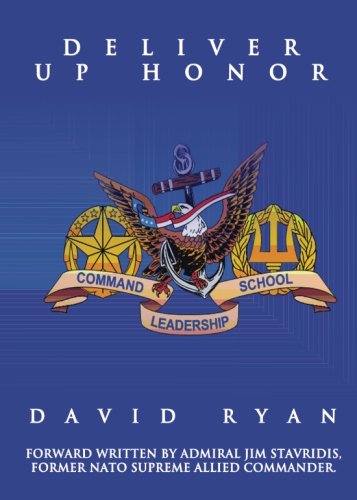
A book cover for Deliver Up Honor; David Ryan; Test Preparation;